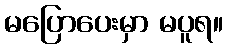
မပြောပေးမှာ မပူရ။